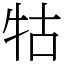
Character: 牯